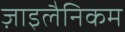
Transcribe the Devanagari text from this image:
ज़ाइलैनिकम